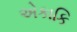
એકાકિ